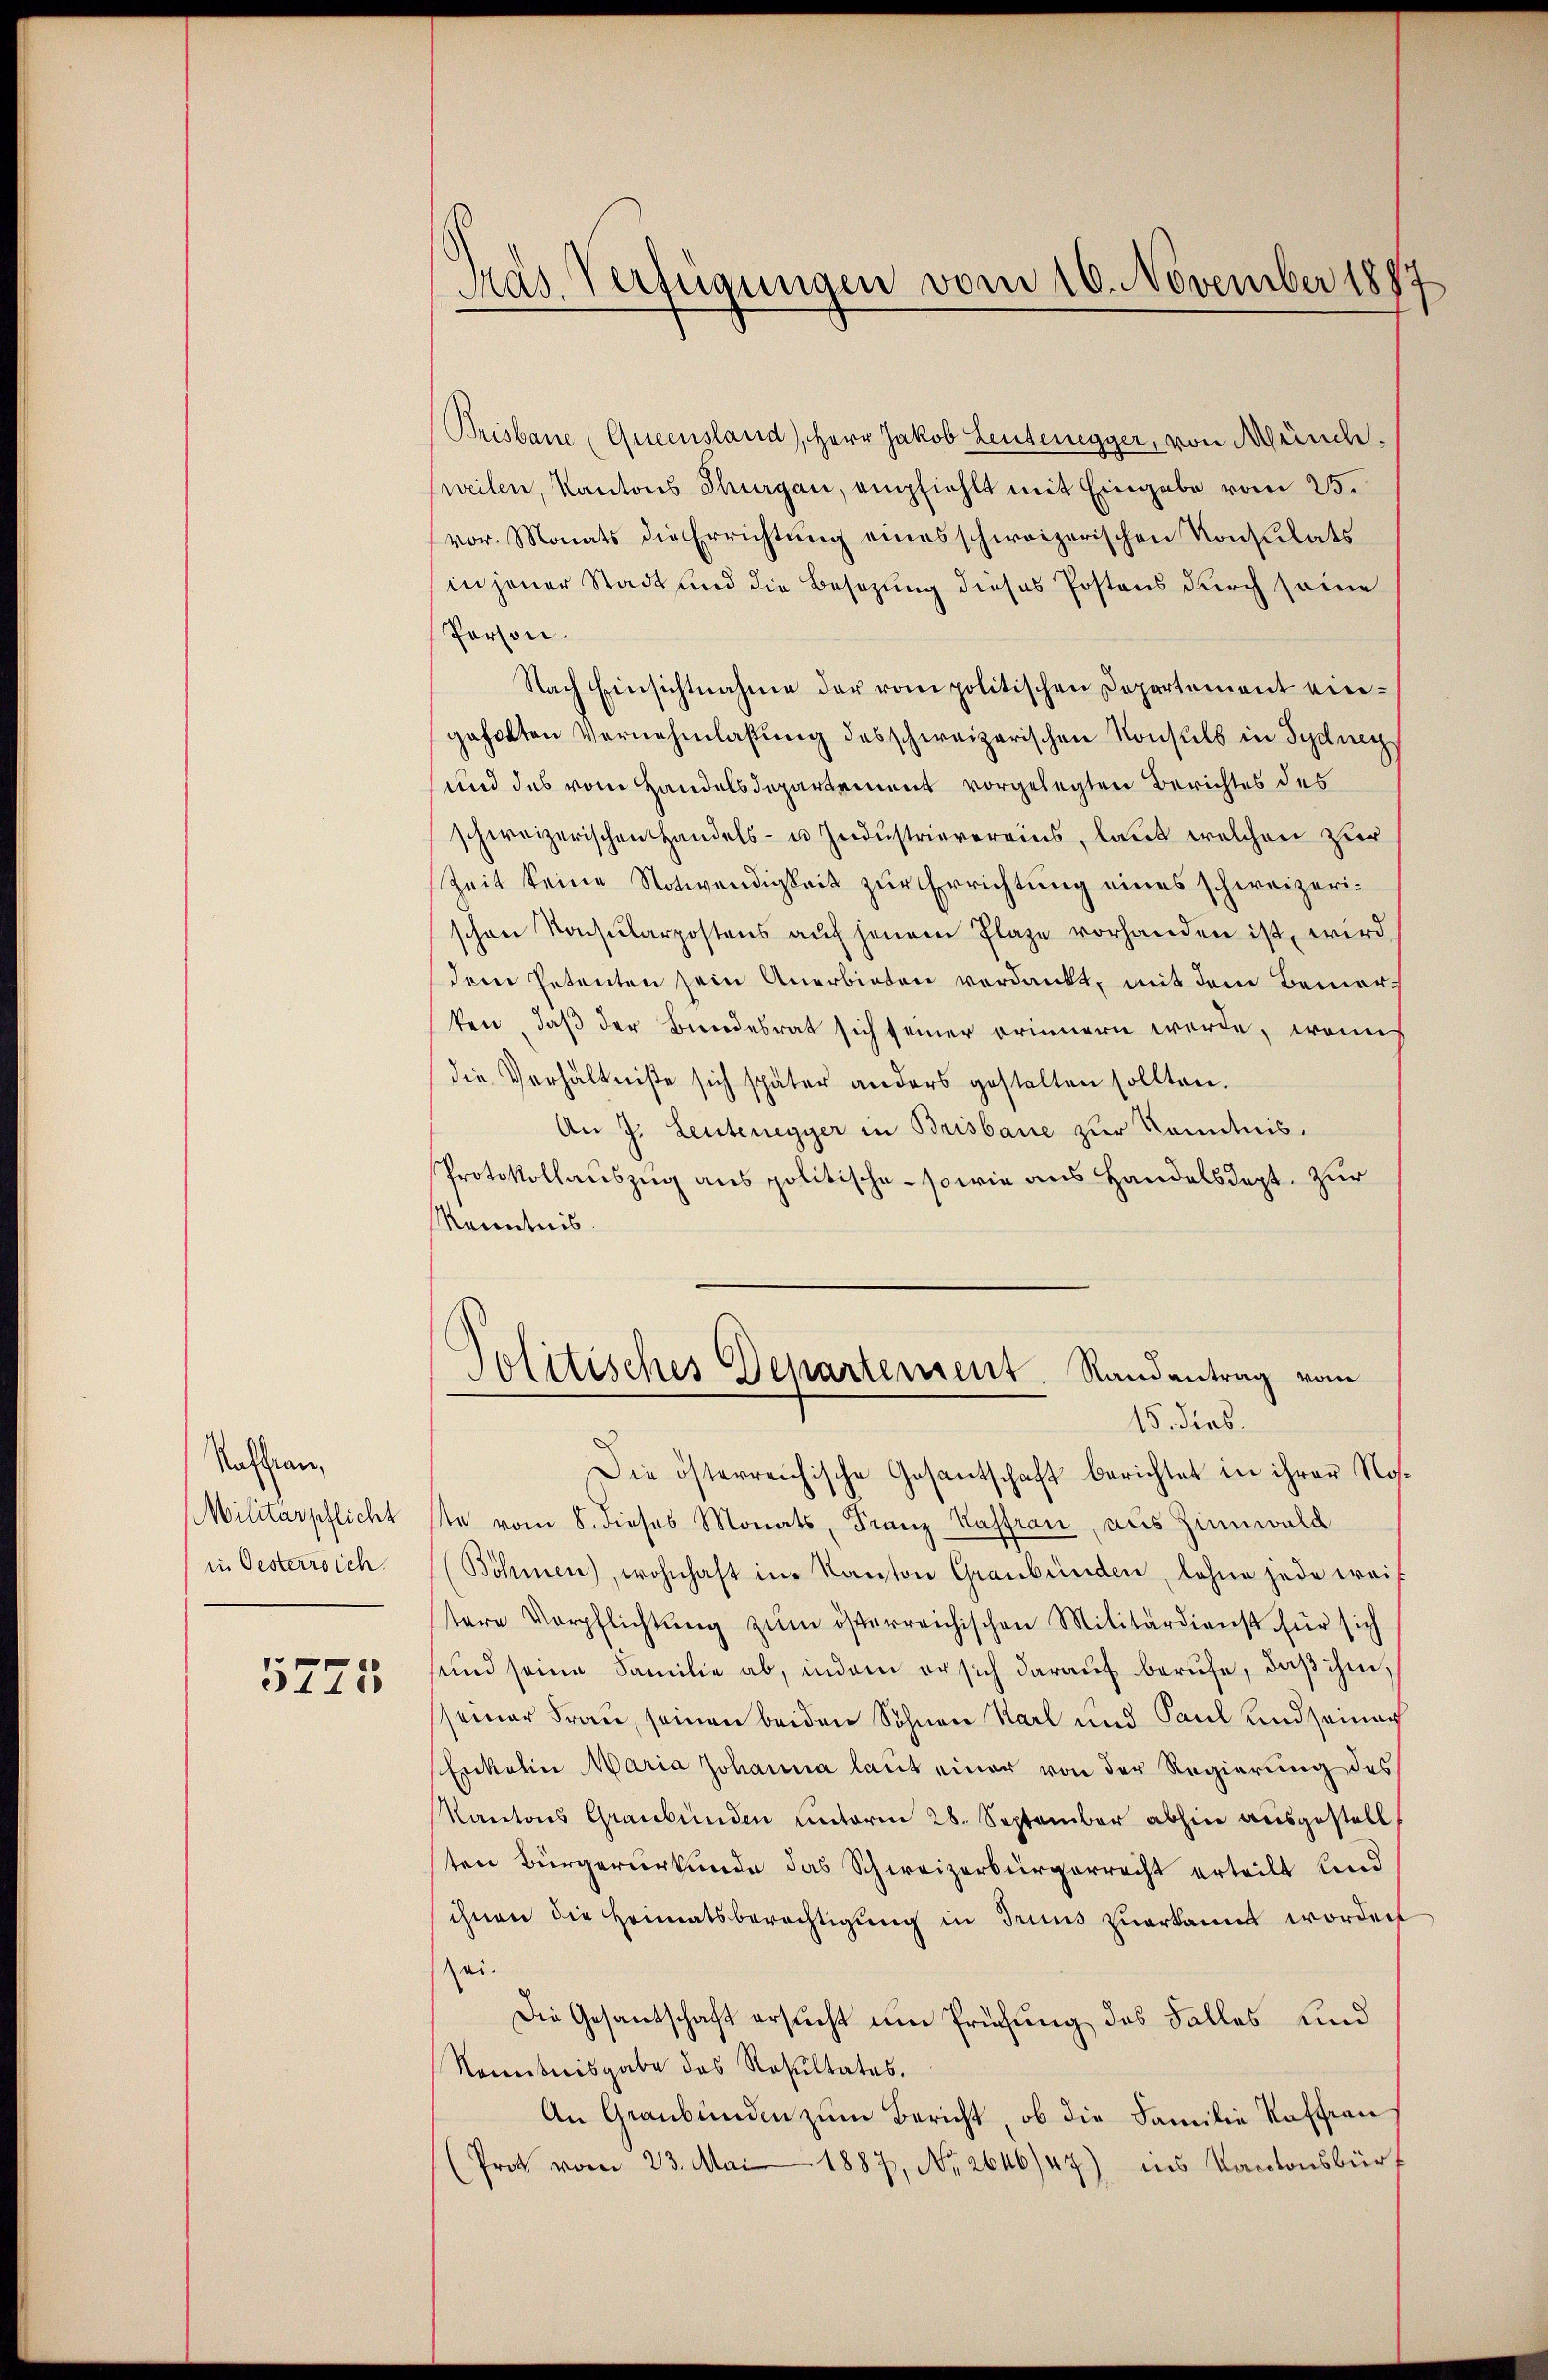
Raffian,
Militärpflicht
in Oesterrich.

5725

Brisbaue (Queenstand, Herr Jakob Leutenegger, von Münch.
weilen, Kantons Thurgau, empfiehlt mit Eingabe vom 25.
vor. Monats die Errichtung eines schweizerischen Konsulats
in jener Stadt und die Besetzung dieses Postens durch seine
Person.
Nach Einsichtnahme der vom politischen Departement eingehalten Vernehmlassung des schweizerischen Konsuls in Sydney
und des vom Handelsdepartement vorgelegten Berichtes des
schweizerischen Handels- u. Industrievereins, laut welchen zur
Zeit keine Notwendigkeit zur Errichtung eines schweizerischen Konsularpostens auf jenem Plaze vorhanden ist, wird
dem Petenten sein Anerbieten verdankt, mit dem Bemerten, daß der Bundesrat sich seiner erinnern werde, wenns
die Verhältniße sich später anders gestalten sollten.
An J. Leutenegger in Brisbare zur Kenntnis.
Protokollauszug aus politische - sowie aus Handelsdept. Zur
Kenntnis.

Gras Verfügungen vom 10. November 1887

Politisches Departement. Randantrag vom
15. diab.

Die österreichische Gesantschaft berichtet in ihrer Roste vom 8. dieses Monats, Franz Kasfrau, aus Zinnwald
(Böhmen, wohnhaft im Kanton Graubünden, lohne jede weitere Verpflichtŭng zŭm österreichischen Militärdienst für sich
und seine Familie ab, indem er sich darauf berufe, daß ihm,
seiner Frau, seinen beiden Söhnen Karl und Paul und seinach
Enkelin Maria Johanna laut einer von der Regierung des
Kantons Graubünden unterm 28. September abhin ausgestell
ten Bürgerurkunde das Schweizerbürgerrecht erteilt und
ihnen die Heimatsberechtigung in Truns zuerkannt worden
sei.
Die Gesantschaft ersucht um Prüfung des Falles und
Nombnisgabe das Resultates.
An Graubünden zum Bericht, ob die Familie Kaffian
(Prot vom 23. Mai 1887, No. 2646/47) ins Kantonsbürt